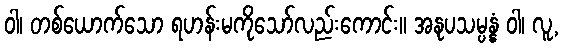
ဝါ၊ တစ်ယောက်သော ရဟန်းမကိုသော်လည်းကောင်း။ အနုပသမ္ပန္နံ ဝါ၊ လူ,